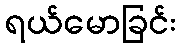
ရယ်မောခြင်း